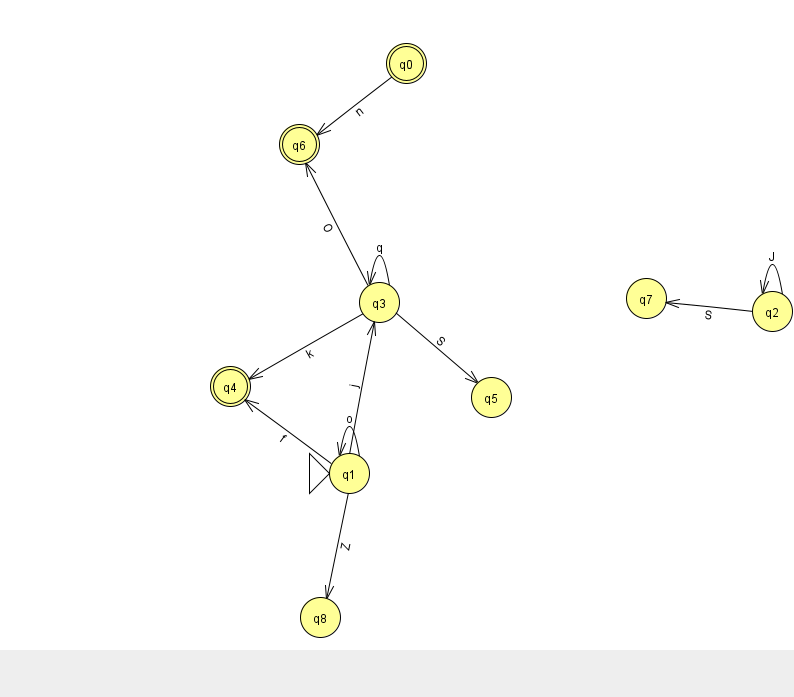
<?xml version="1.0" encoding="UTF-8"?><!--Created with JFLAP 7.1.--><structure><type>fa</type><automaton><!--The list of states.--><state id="0" name="q0"><x>406.0</x><y>50.0</y><final/></state><state id="1" name="q1"><x>349.0</x><y>460.0</y><initial/></state><state id="2" name="q2"><x>772.0</x><y>298.0</y></state><state id="3" name="q3"><x>379.0</x><y>289.0</y></state><state id="4" name="q4"><x>230.0</x><y>373.0</y><final/></state><state id="5" name="q5"><x>491.0</x><y>384.0</y></state><state id="6" name="q6"><x>299.0</x><y>131.0</y><final/></state><state id="7" name="q7"><x>646.0</x><y>285.0</y></state><state id="8" name="q8"><x>320.0</x><y>604.0</y></state><!--The list of transitions.--><transition><from>0</from><to>6</to><read>n</read></transition><transition><from>1</from><to>4</to><read>f</read></transition><transition><from>3</from><to>3</to><read>q</read></transition><transition><from>3</from><to>6</to><read>O</read></transition><transition><from>1</from><to>8</to><read>Z</read></transition><transition><from>3</from><to>5</to><read>S</read></transition><transition><from>1</from><to>3</to><read>j</read></transition><transition><from>2</from><to>7</to><read>S</read></transition><transition><from>2</from><to>2</to><read>J</read></transition><transition><from>1</from><to>1</to><read>o</read></transition><transition><from>3</from><to>4</to><read>k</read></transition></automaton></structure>